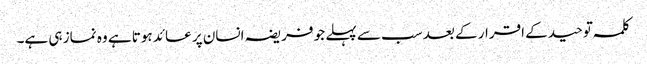
کلمہ توحید کے اقرار کے بعد سب سے پہلے جو فریضہ انسان پر عائد ہوتا ہے وہ نماز ہی ہے۔